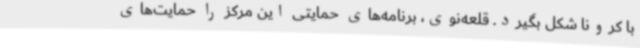
با کرونا شکل بگیرد. قلعه‌نوی، برنامه‌های حمایتی این مرکز را حمایت‌های